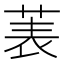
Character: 𫈒